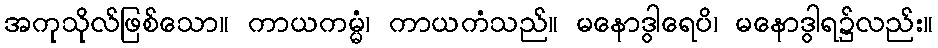
အကုသိုလ်ဖြစ်သော။ ကာယကမ္မံ၊ ကာယကံသည်။ မနောဒွါရေပိ၊ မနောဒွါရ၌လည်း။